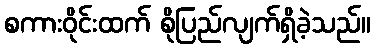
စကားဝိုင်းထက် စိုပြည်လျက်ရှိခဲ့သည်။